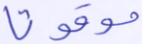
موقوتا